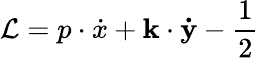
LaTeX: \mathcal{L}=p\cdot\dot{x}+\mathbf{k}\cdot\mathbf{\dot{y}}-\frac{1}{2}